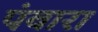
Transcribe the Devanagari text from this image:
पंवारा